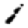
Digit: 1